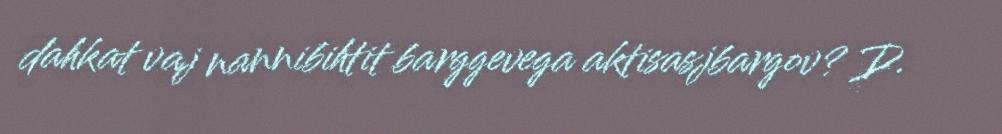
dahkat vaj nannibihtit barggevega aktisasjbargov? D.